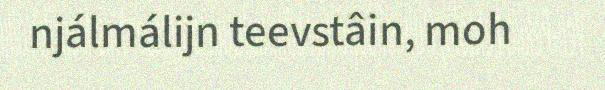
njálmálijn teevstâin, moh